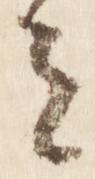
ミ